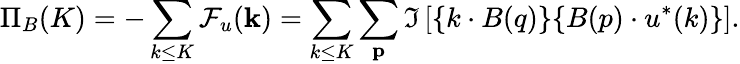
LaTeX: \Pi_{B}(K)=-\sum_{k\le K}\mathcal{F}_{u}({\mathbf k})=\sum_{k\le K}\sum_{\mathbf p}\Im\left[{\mathbf\{ k\cdot B(q)\} \{ B(p)\cdot u^{*}(k)\} }\right].